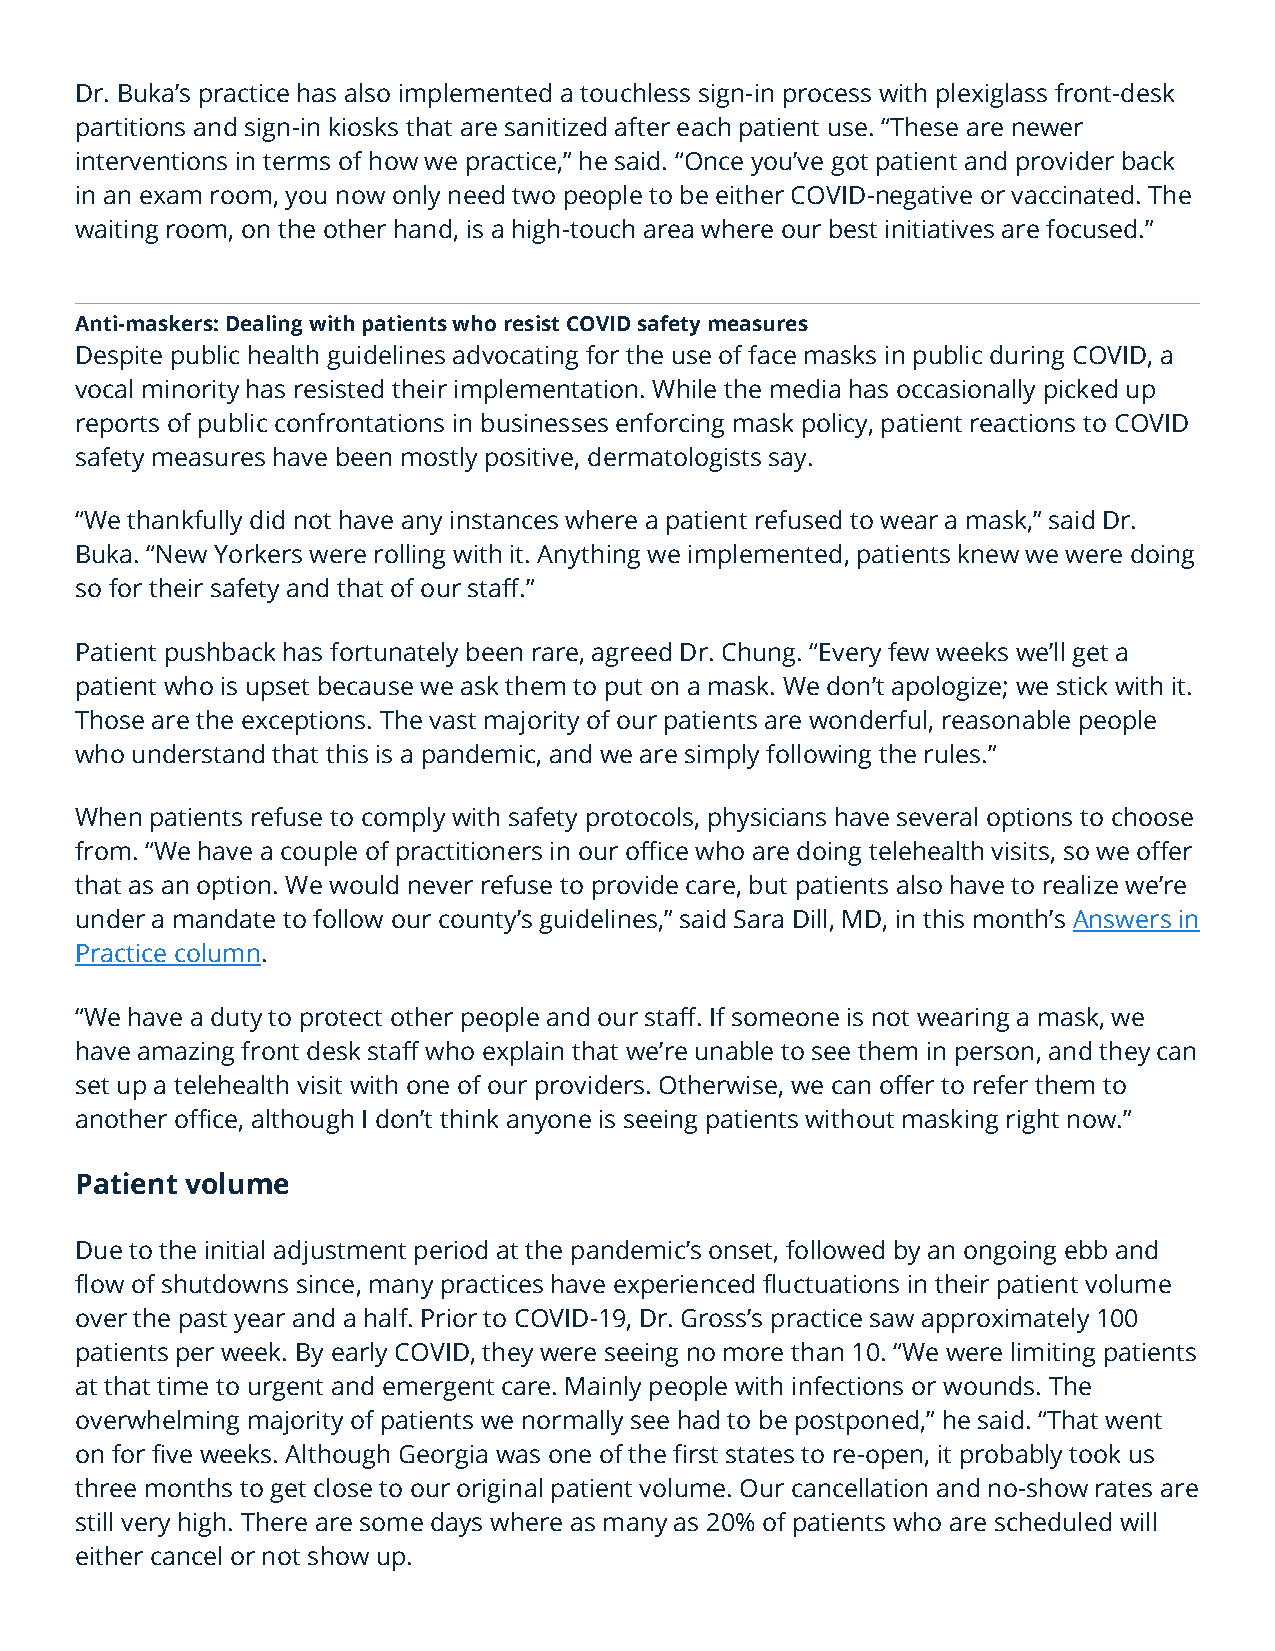
Dr. Buka’s practice has also implemented a touchless sign-in process with plexiglass front-desk
 partitions and sign-in kiosks that are sanitized after each patient use. “These are newer
 interventions in terms of how we practice,” he said. “Once you’ve got patient and provider back
 in an exam room, you now only need two people to be either COVID-negative or vaccinated. The
 waiting room, on the other hand, is a high-touch area where our best initiatives are focused.”
 Anti-maskers: Dealing with patients who resist COVID safety measures
 Despite public health guidelines advocating for the use of face masks in public during COVID, a
 vocal minority has resisted their implementation. While the media has occasionally picked up
 reports of public confrontations in businesses enforcing mask policy, patient reactions to COVID
 safety measures have been mostly positive, dermatologists say.
 “We thankfully did not have any instances where a patient refused to wear a mask,” said Dr.
 Buka. “New Yorkers were rolling with it. Anything we implemented, patients knew we were doing
 so for their safety and that of our staff.”
 Patient pushback has fortunately been rare, agreed Dr. Chung. “Every few weeks we’ll get a
 patient who is upset because we ask them to put on a mask. We don’t apologize; we stick with it.
 Those are the exceptions. The vast majority of our patients are wonderful, reasonable people
 who understand that this is a pandemic, and we are simply following the rules.”
 When patients refuse to comply with safety protocols, physicians have several options to choose
 from. “We have a couple of practitioners in our office who are doing telehealth visits, so we offer
 that as an option. We would never refuse to provide care, but patients also have to realize we’re
 under a mandate to follow our county’s guidelines,” said Sara Dill, MD, in this month’s Answers in
 Practice column.
 “We have a duty to protect other people and our staff. If someone is not wearing a mask, we
 have amazing front desk staff who explain that we’re unable to see them in person, and they can
 set up a telehealth visit with one of our providers. Otherwise, we can offer to refer them to
 another office, although I don’t think anyone is seeing patients without masking right now.”
 Patient volume
 Due to the initial adjustment period at the pandemic’s onset, followed by an ongoing ebb and
 flow of shutdowns since, many practices have experienced fluctuations in their patient volume
 over the past year and a half. Prior to COVID-19, Dr. Gross’s practice saw approximately 100
 patients per week. By early COVID, they were seeing no more than 10. “We were limiting patients
 at that time to urgent and emergent care. Mainly people with infections or wounds. The
 overwhelming majority of patients we normally see had to be postponed,” he said. “That went
 on for five weeks. Although Georgia was one of the first states to re-open, it probably took us
 three months to get close to our original patient volume. Our cancellation and no-show rates are
 still very high. There are some days where as many as 20% of patients who are scheduled will
 either cancel or not show up.